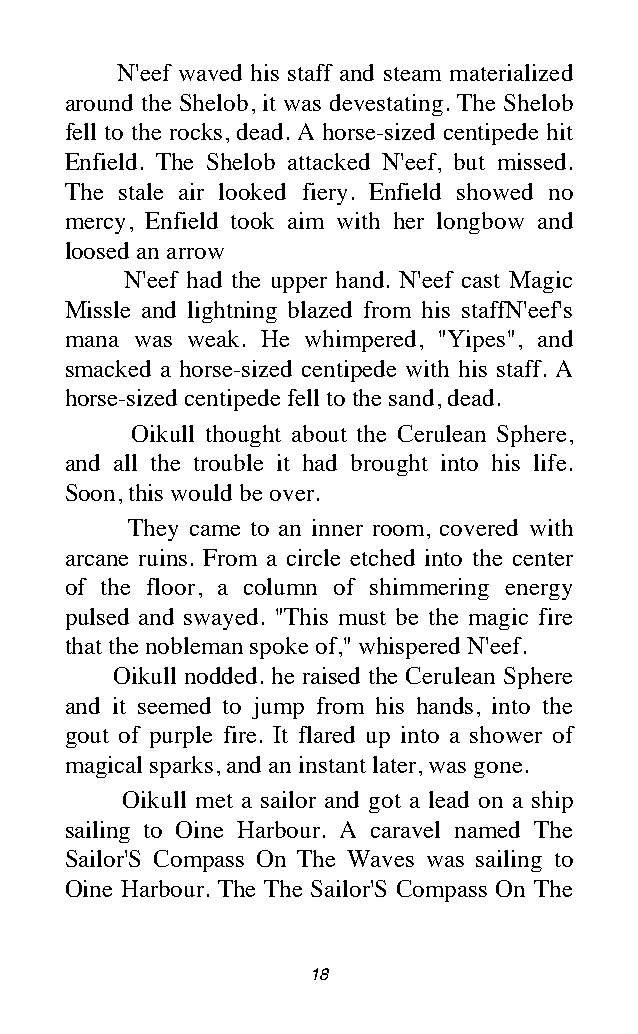
N'eef waved his staff and steam materialized
 around the Shelob, it was devestating. The Shelob
 fell to the rocks, dead. A horse-sized centipede hit
 Enfield. The Shelob attacked N'eef, but missed.
 The stale air looked fiery. Enfield showed no
 mercy, Enfield took aim with her longbow and
 loosed an arrow
 N'eef had the upper hand. N'eef cast Magic
 Missle and lightning blazed from his staffN'eef's
 mana was weak. He whimpered, "Yipes", and
 smacked a horse-sized centipede with his staff. A
 horse-sized centipede fell to the sand, dead.
 Oikull thought about the Cerulean Sphere,
 and all the trouble it had brought into his life.
 Soon, this would be over.
 They came to an inner room, covered with
 arcane ruins. From a circle etched into the center
 of the floor, a column of shimmering energy
 pulsed and swayed. "This must be the magic fire
 that the nobleman spoke of," whispered N'eef.
 Oikull nodded. he raised the Cerulean Sphere
 and it seemed to jump from his hands, into the
 gout of purple fire. It flared up into a shower of
 magical sparks, and an instant later, was gone.
 Oikull met a sailor and got a lead on a ship
 sailing to Oine Harbour. A caravel named The
 Sailor'S Compass On The Waves was sailing to
 Oine Harbour. The The Sailor'S Compass On The
 18